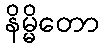
နိမ္မိတော